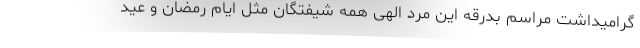
گرامیداشت مراسم بدرقه این مرد الهی همه شیفتگان مثل ایام رمضان و عید